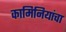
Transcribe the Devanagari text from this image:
कामिनियांचा